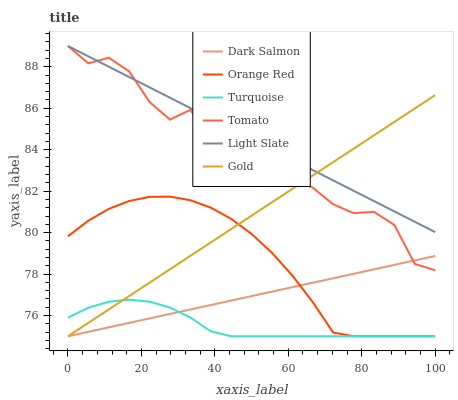
| xaxis_label | Dark Salmon | Orange Red | Turquoise | Tomato | Light Slate | Gold |
 | --- | --- | --- | --- | --- | --- | --- |
 | 0 | 75 | 79.8 | 75.9 | 89 | 89 | 75 |
 | 5.56 | 75.2 | 80.6 | 76.4 | 88.2 | 88.5 | 75.6 |
 | 11.1 | 75.4 | 81.1 | 76.7 | 88.4 | 88 | 76.3 |
 | 16.7 | 75.6 | 81.5 | 76.8 | 87.8 | 87.5 | 76.9 |
 | 22.2 | 75.9 | 81.7 | 76.7 | 86.3 | 87 | 77.6 |
 | 27.8 | 76.1 | 81.7 | 76.4 | 85.5 | 86.5 | 78.2 |
 | 33.3 | 76.3 | 81.6 | 75.9 | 85.9 | 86 | 78.9 |
 | 38.9 | 76.5 | 81.2 | 75.2 | 84.5 | 85.5 | 79.5 |
 | 44.4 | 76.7 | 80.7 | 75 | 84.3 | 85 | 80.2 |
 | 50 | 76.9 | 79.9 | 75 | 83.2 | 84.5 | 80.8 |
 | 55.6 | 77.2 | 79 | 75 | 82.6 | 84 | 81.5 |
 | 61.1 | 77.4 | 77.9 | 75 | 82.5 | 83.5 | 82.1 |
 | 66.7 | 77.6 | 76.6 | 75 | 82.2 | 83 | 82.8 |
 | 72.2 | 77.8 | 75.2 | 75 | 81.4 | 82.5 | 83.4 |
 | 77.8 | 78 | 75 | 75 | 80.9 | 82 | 84 |
 | 83.3 | 78.2 | 75 | 75 | 81 | 81.5 | 84.7 |
 | 88.9 | 78.4 | 75 | 75 | 80.4 | 81 | 85.3 |
 | 94.4 | 78.7 | 75 | 75 | 78.5 | 80.5 | 86 |
 | 100 | 78.9 | 75 | 75 | 78.2 | 80 | 86.6 |